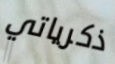
ذكرياتي